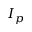
I _ { p }